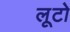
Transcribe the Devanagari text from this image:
लूटो